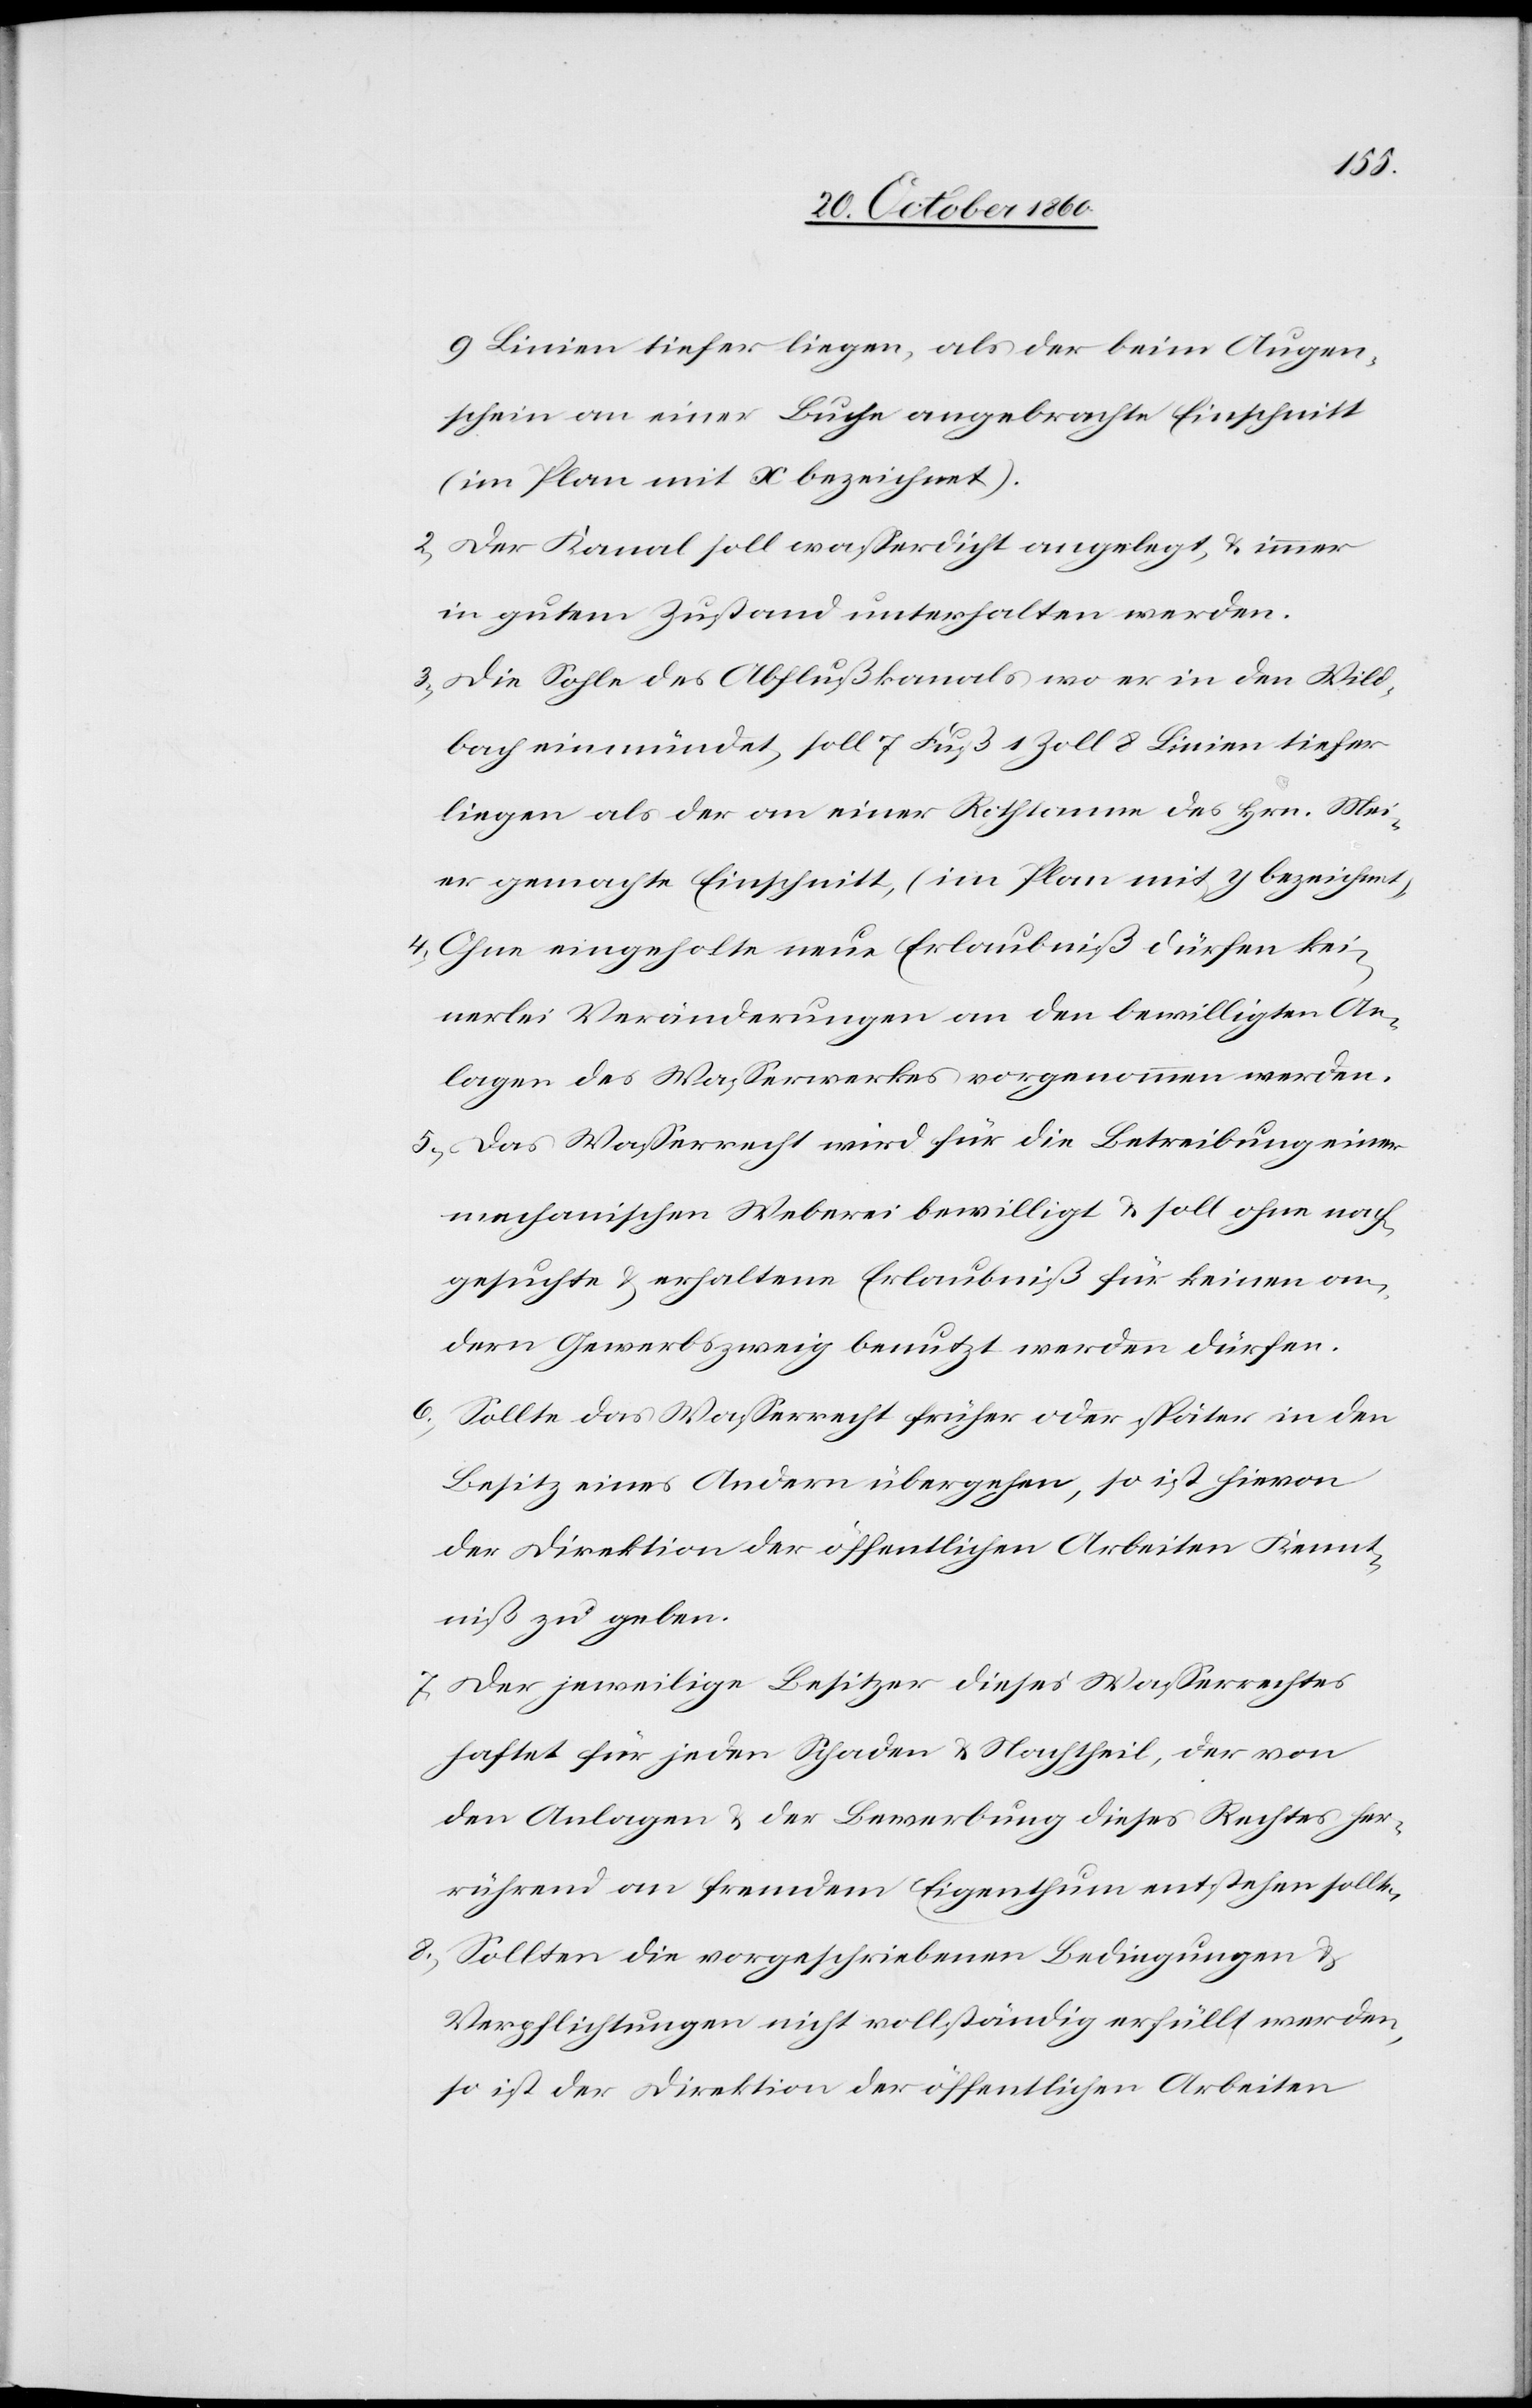
9 Linien tiefer liegen, als der beim Augen¬
schein an einer Buche angebrachte Einschnitt
(im Plan mit x bezeichnet).
2) Der Kanal soll wasserdicht angelegt u. immer
in gutem Zustand unterhalten werden.
3) Die Sohle des Abflußkanals wo er in den Wild¬
bach einmündet, soll 7 Fuß 1 Zoll 8 Linien tiefer
liegen als der an einer Rothtanne des Hrn. Mei¬
er gemachte Einschnitt, (im Plan mit y bezeichnet).
4) Ohne eingeholte neue Erlaubniß dürfen kei¬
nerlei Veränderungen an den bewilligten An¬
lagen des Wasserwerkes vorgenommen werden.
5) Das Wasserrecht wird für die Betreibung einer
mechanischen Weberei bewilligt u. soll ohne nach¬
gesuchte u. erhaltene Erlaubniß für keinen an¬
dern Gewerbszweig benutzt werden dürfen.
6) Sollte das Wasserrecht früher oder später in den
Besitz eines Andern übergehen, so ist hievon
der Direktion der öffentlichen Arbeiten Kennt¬
niß zu geben.
7) Der jeweilige Besitzer dieses Wasserrechtes
haftet für jeden Schaden u. Nachtheil, der von
den Anlagen u. der Bewerbung dieses Rechtes her¬
rührend an fremdem Eigenthum entstehen sollte.
8) Sollten die vorgeschriebenen Bedingungen u.
Verpflichtungen nicht vollständig erfüllt werden,
so ist der Direktion der öffentlichen Arbeiten